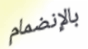
بالإنضمام